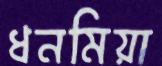
ধনমিয়া